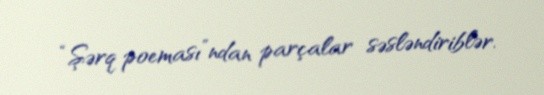
“Şərq poeması”ndan parçalar səsləndiriblər.